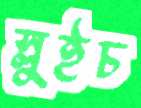
স্লুইচ